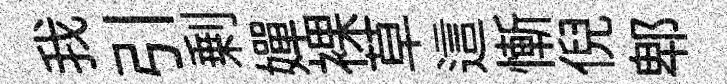
我引剰嬋裸草這慚倪郫